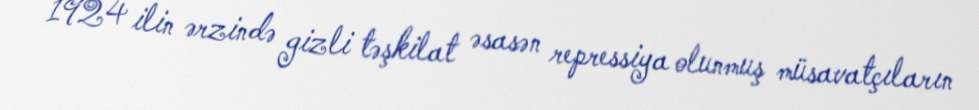
1924 ilin ərzində gizli təşkilat əsasən repressiya olunmuş müsavatçıların